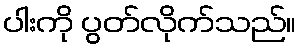
ပါးကို ပွတ်လိုက်သည်။